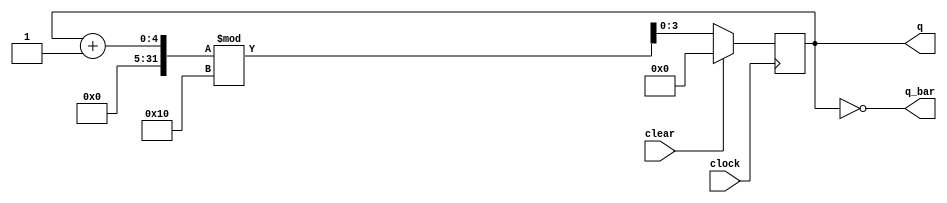
module Modulo_N_Counter (clock, clear, q, q_bar);

parameter N = 4;
parameter count = 16;

input clock, clear;

output [N-1:0] q, q_bar;
reg [N-1:0] counter;

always @ (posedge clock )
begin
if (clear )
begin
counter <= 0;
end
else
begin
counter <= (counter + 1) % count;
end
end

assign q = counter;
assign q_bar = ~counter;

endmodule